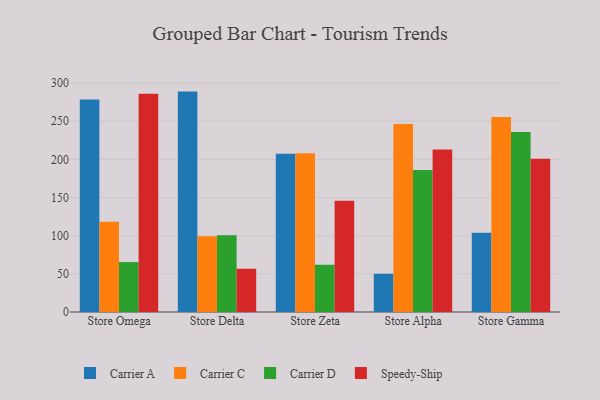
{"axis": {"x": "Store", "y": "Page Views"}, "legend": ["Carrier A", "Carrier C", "Carrier D", "Speedy-Ship"], "data": [{"x": "Store Omega", "y": 278.3, "type": "Carrier A"}, {"x": "Store Omega", "y": 118.4, "type": "Carrier C"}, {"x": "Store Omega", "y": 65.4, "type": "Carrier D"}, {"x": "Store Omega", "y": 286.0, "type": "Speedy-Ship"}, {"x": "Store Delta", "y": 288.8, "type": "Carrier A"}, {"x": "Store Delta", "y": 99.2, "type": "Carrier C"}, {"x": "Store Delta", "y": 100.6, "type": "Carrier D"}, {"x": "Store Delta", "y": 56.6, "type": "Speedy-Ship"}, {"x": "Store Zeta", "y": 207.5, "type": "Carrier A"}, {"x": "Store Zeta", "y": 207.9, "type": "Carrier C"}, {"x": "Store Zeta", "y": 61.9, "type": "Carrier D"}, {"x": "Store Zeta", "y": 145.8, "type": "Speedy-Ship"}, {"x": "Store Alpha", "y": 50.1, "type": "Carrier A"}, {"x": "Store Alpha", "y": 246.4, "type": "Carrier C"}, {"x": "Store Alpha", "y": 186.2, "type": "Carrier D"}, {"x": "Store Alpha", "y": 213.0, "type": "Speedy-Ship"}, {"x": "Store Gamma", "y": 103.8, "type": "Carrier A"}, {"x": "Store Gamma", "y": 255.6, "type": "Carrier C"}, {"x": "Store Gamma", "y": 235.7, "type": "Carrier D"}, {"x": "Store Gamma", "y": 200.9, "type": "Speedy-Ship"}]}